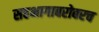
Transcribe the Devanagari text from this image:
सहभागाबरोबरच